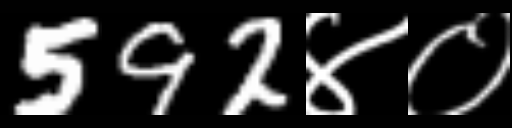
Text: 592४०